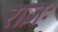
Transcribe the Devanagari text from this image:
राज्ञः